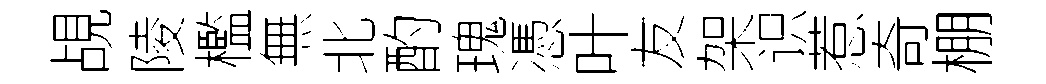
覘陵檻無北酌瑰憑叶友架识惹奇棚